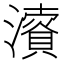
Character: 𱩰